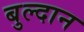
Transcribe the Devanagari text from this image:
बुल्दान